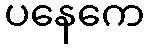
ပနေကေ